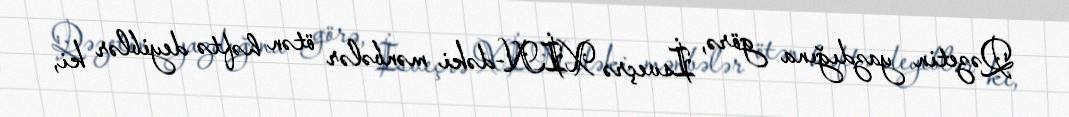
Qəzetin yazdığına görə, İsveçrə XİN-dəki mənbələr ötən həftə deyiblər ki,